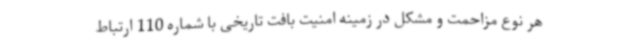
هر نوع مزاحمت و مشکل در زمینه امنیت بافت تاریخی با شماره 110 ارتباط